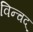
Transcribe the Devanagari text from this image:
विन्चद्